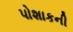
પોશાકની